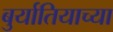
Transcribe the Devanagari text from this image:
बुर्यातियाच्या